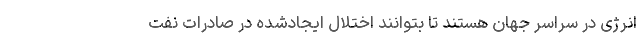
انرژی در سراسر جهان هستند تا بتوانند اختلال ایجادشده در صادرات نفت